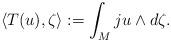
LaTeX: \begin{align*}\langle T(u),\zeta\rangle:=\int_M ju\wedge d\zeta.\end{align*}